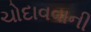
ચોદાવવાની